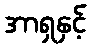
အာရှနှင့်